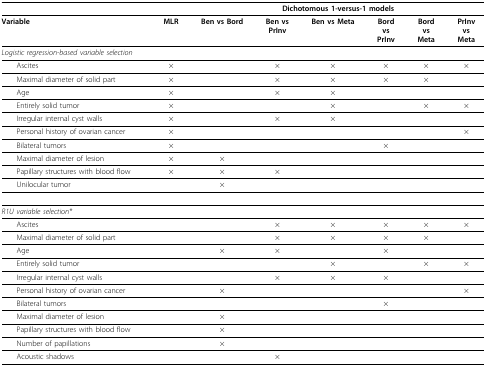
<table><thead><tr><td></td><td></td><td colspan="6"><b>Dichotomous 1-versus-1 models</b></td></tr></thead><tbody><tr><td><b>Variable</b></td><td><b>MLR</b></td><td><b>Ben vs Bord</b></td><td><b>Ben vs</b><b>PrInv</b></td><td><b>Ben vs Meta</b></td><td><b>Bord</b><b>vs</b><b>PrInv</b></td><td><b>Bord</b><b>vs</b><b>Meta</b></td><td><b>PrInv</b><b>vs</b><b>Meta</b></td></tr><tr><td><i>Logistic regression-based variable selection</i></td><td></td><td></td><td></td><td></td><td></td><td></td><td></td></tr><tr><td> Ascites</td><td>×</td><td></td><td>×</td><td>×</td><td>×</td><td>×</td><td>×</td></tr><tr><td> Maximal diameter of solid part</td><td>×</td><td></td><td>×</td><td>×</td><td>×</td><td>×</td><td></td></tr><tr><td> Age</td><td>×</td><td></td><td>×</td><td>×</td><td></td><td></td><td></td></tr><tr><td> Entirely solid tumor</td><td>×</td><td></td><td></td><td>×</td><td></td><td>×</td><td>×</td></tr><tr><td> Irregular internal cyst walls</td><td>×</td><td></td><td>×</td><td>×</td><td></td><td></td><td></td></tr><tr><td> Personal history of ovarian cancer</td><td>×</td><td></td><td></td><td></td><td></td><td></td><td>×</td></tr><tr><td> Bilateral tumors</td><td>×</td><td></td><td></td><td></td><td>×</td><td></td><td></td></tr><tr><td> Maximal diameter of lesion</td><td>×</td><td>×</td><td></td><td></td><td></td><td></td><td></td></tr><tr><td> Papillary structures with blood flow</td><td>×</td><td>×</td><td>×</td><td></td><td></td><td></td><td></td></tr><tr><td> Unilocular tumor</td><td></td><td>×</td><td></td><td></td><td></td><td></td><td></td></tr><tr><td><i>R1U variable selection*</i></td><td></td><td></td><td></td><td></td><td></td><td></td><td></td></tr><tr><td> Ascites</td><td></td><td></td><td>×</td><td>×</td><td>×</td><td>×</td><td>×</td></tr><tr><td> Maximal diameter of solid part</td><td></td><td></td><td>×</td><td>×</td><td>×</td><td>×</td><td></td></tr><tr><td> Age</td><td></td><td>×</td><td>×</td><td></td><td>×</td><td></td><td></td></tr><tr><td> Entirely solid tumor</td><td></td><td></td><td></td><td>×</td><td></td><td>×</td><td>×</td></tr><tr><td> Irregular internal cyst walls</td><td></td><td></td><td>×</td><td>×</td><td>×</td><td></td><td></td></tr><tr><td> Personal history of ovarian cancer</td><td></td><td>×</td><td></td><td></td><td></td><td></td><td>×</td></tr><tr><td> Bilateral tumors</td><td></td><td></td><td></td><td></td><td>×</td><td></td><td></td></tr><tr><td> Maximal diameter of lesion</td><td></td><td>×</td><td></td><td></td><td></td><td></td><td></td></tr><tr><td> Papillary structures with blood flow</td><td></td><td>×</td><td></td><td></td><td></td><td></td><td></td></tr><tr><td> Number of papillations</td><td></td><td>×</td><td></td><td></td><td></td><td></td><td></td></tr><tr><td> Acoustic shadows</td><td></td><td></td><td>×</td><td></td><td></td><td></td><td></td></tr></tbody></table>